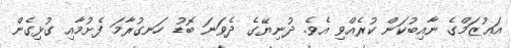
އަޢުޒަމްގެ ނާއިބުކަން ކުރެއްވި އެވެ. ދުނިޔޭގެ ދެވަނަ ބޮޑު ހަނގުރާމަ ފެށުމާއި ގުޅިގެން